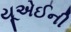
યૂએઈની